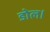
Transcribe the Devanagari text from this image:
डोल।